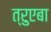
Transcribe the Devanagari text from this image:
त्रुएबा